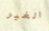
الغير